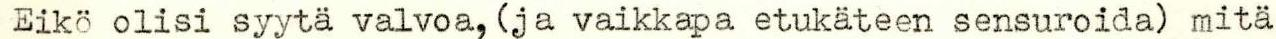
 Eikö olisi syytä valvoa, (ja vaikkapa etukäteen sensuroida) mitä